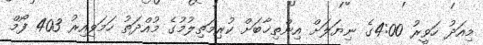
މިއަދު ހަވީރު 4:00ގެ ނިޔަލަށް އިންތިޚާބަށް ކުރިމަތިލުމުގެ މުއްދަތު ހަމަވިއިރު 403 ފޯމް